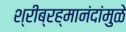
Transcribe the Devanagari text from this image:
श्रीब्रह्मानंदांमुळे